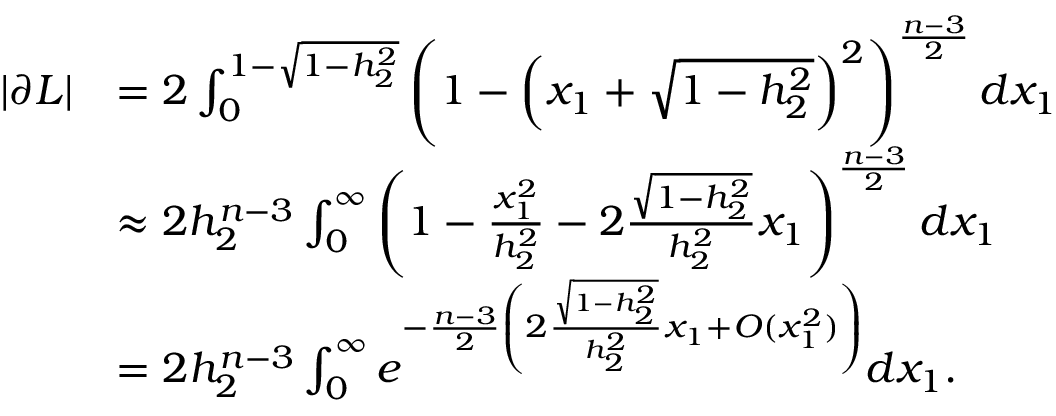
\begin{array} { r l } { | \partial L | } & { = 2 \int _ { 0 } ^ { 1 - \sqrt { 1 - h _ { 2 } ^ { 2 } } } \left( 1 - \left( x _ { 1 } + \sqrt { 1 - h _ { 2 } ^ { 2 } } \right) ^ { 2 } \right) ^ { \frac { n - 3 } 2 } d x _ { 1 } } \\ & { \approx 2 h _ { 2 } ^ { n - 3 } \int _ { 0 } ^ { \infty } \left( 1 - \frac { x _ { 1 } ^ { 2 } } { h _ { 2 } ^ { 2 } } - 2 \frac { \sqrt { 1 - h _ { 2 } ^ { 2 } } } { h _ { 2 } ^ { 2 } } x _ { 1 } \right) ^ { \frac { n - 3 } 2 } d x _ { 1 } } \\ & { = 2 h _ { 2 } ^ { n - 3 } \int _ { 0 } ^ { \infty } e ^ { - \frac { n - 3 } 2 \left( 2 \frac { \sqrt { 1 - h _ { 2 } ^ { 2 } } } { h _ { 2 } ^ { 2 } } x _ { 1 } + O ( x _ { 1 } ^ { 2 } ) \right) } d x _ { 1 } . } \end{array}